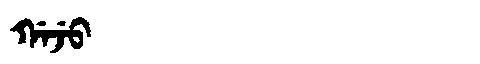
Manchu: ᡤᠠᠵᡠ
Romanization: GAJU